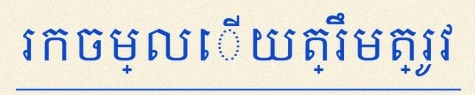
រកចម្លើយត្រឹមត្រូវ